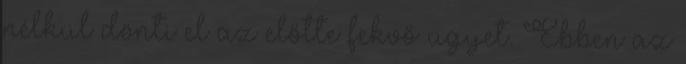
nélkül dönti el az előtte fekvő ügyet. Ebben az